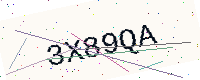
Text: 3X89QA